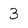
Character: 3